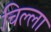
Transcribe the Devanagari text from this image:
चिल्‍ला